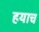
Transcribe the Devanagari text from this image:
हयाच